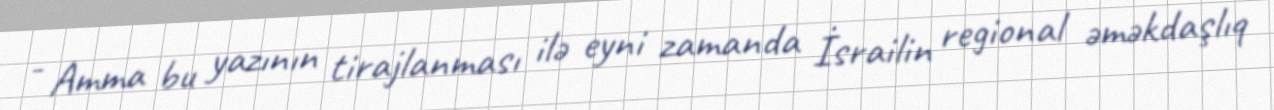
- Amma bu yazının tirajlanması ilə eyni zamanda İsrailin regional əməkdaşlıq